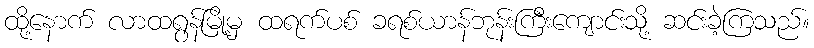
ထို့နောက် လာထရွန်မြို့မှ ထရက်ပစ် ခရစ်ယာန်ဘုန်းကြီးကျောင်းသို့ ဆင်းခဲ့ကြသည်။